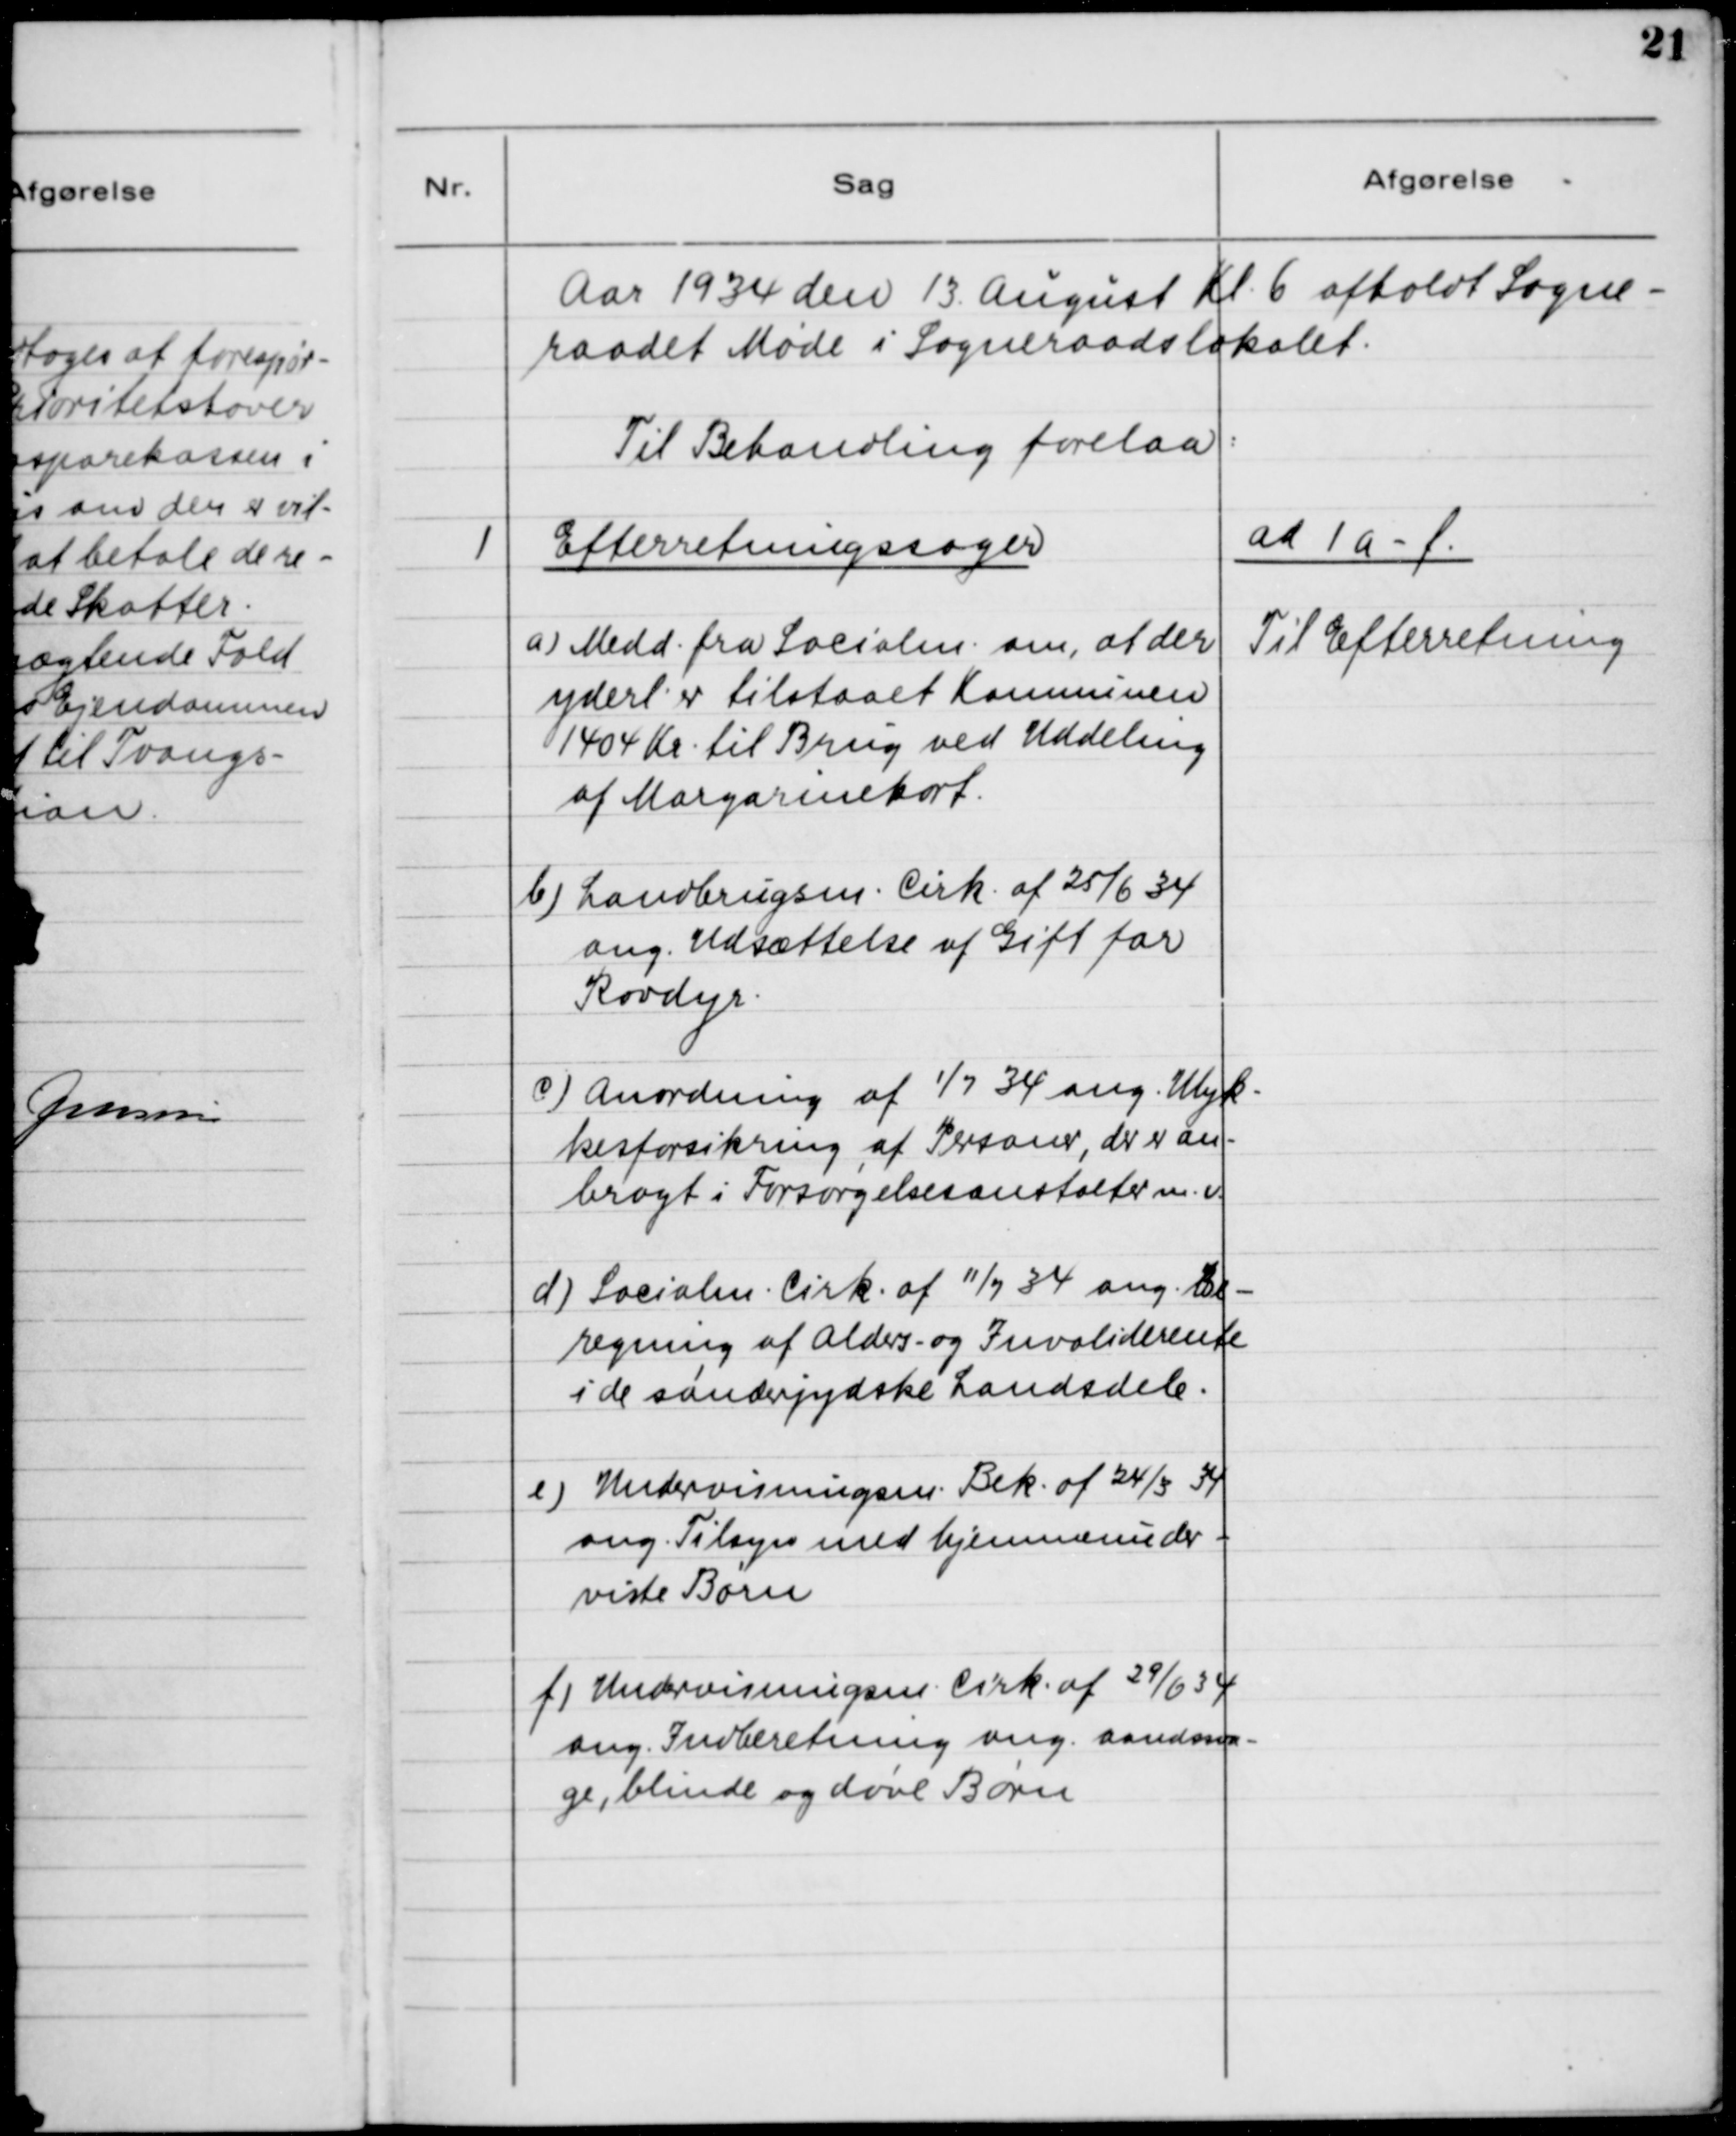
Transskription:
Aar 1934 den 13. August Kl. 6 afholdt Sogne-
raadet Møde i Sogneraadslokalet.
Til Behandling forelaa:

1

Efterretningssager
a) Medd. fra Socialm. om, at der
yderl. er tilstaaet Kommunen
1404 Kr. til Brug ved Uddeling
af Margarinekort.
b) Landbrugsm. Cirk. af 25/6 34
ang. Udsættelse af Gift for
Rovdyr.
c) Anordning af 1/7 34 ang. Ulyk-
kesforsikring af Personer, der er an-
bragt i Forsørgelsesanstalter m.v.
d) Socialm. Cirk. af 11/7 34 ang. Be-
regning af Alders- og Invaliderente
i de sønderjydske Landsdele.
e) Undervisningsm. Bek. af 24/3 34
ang. Tilsyn med hjemmeunder-
viste Børn.
f) Undervisningsm. Cirk. af 29/6 34
ang. Indberetning ang. aandsva-
ge, blinde og døve Børn.

ad 1 a - f.
Til Efterretning